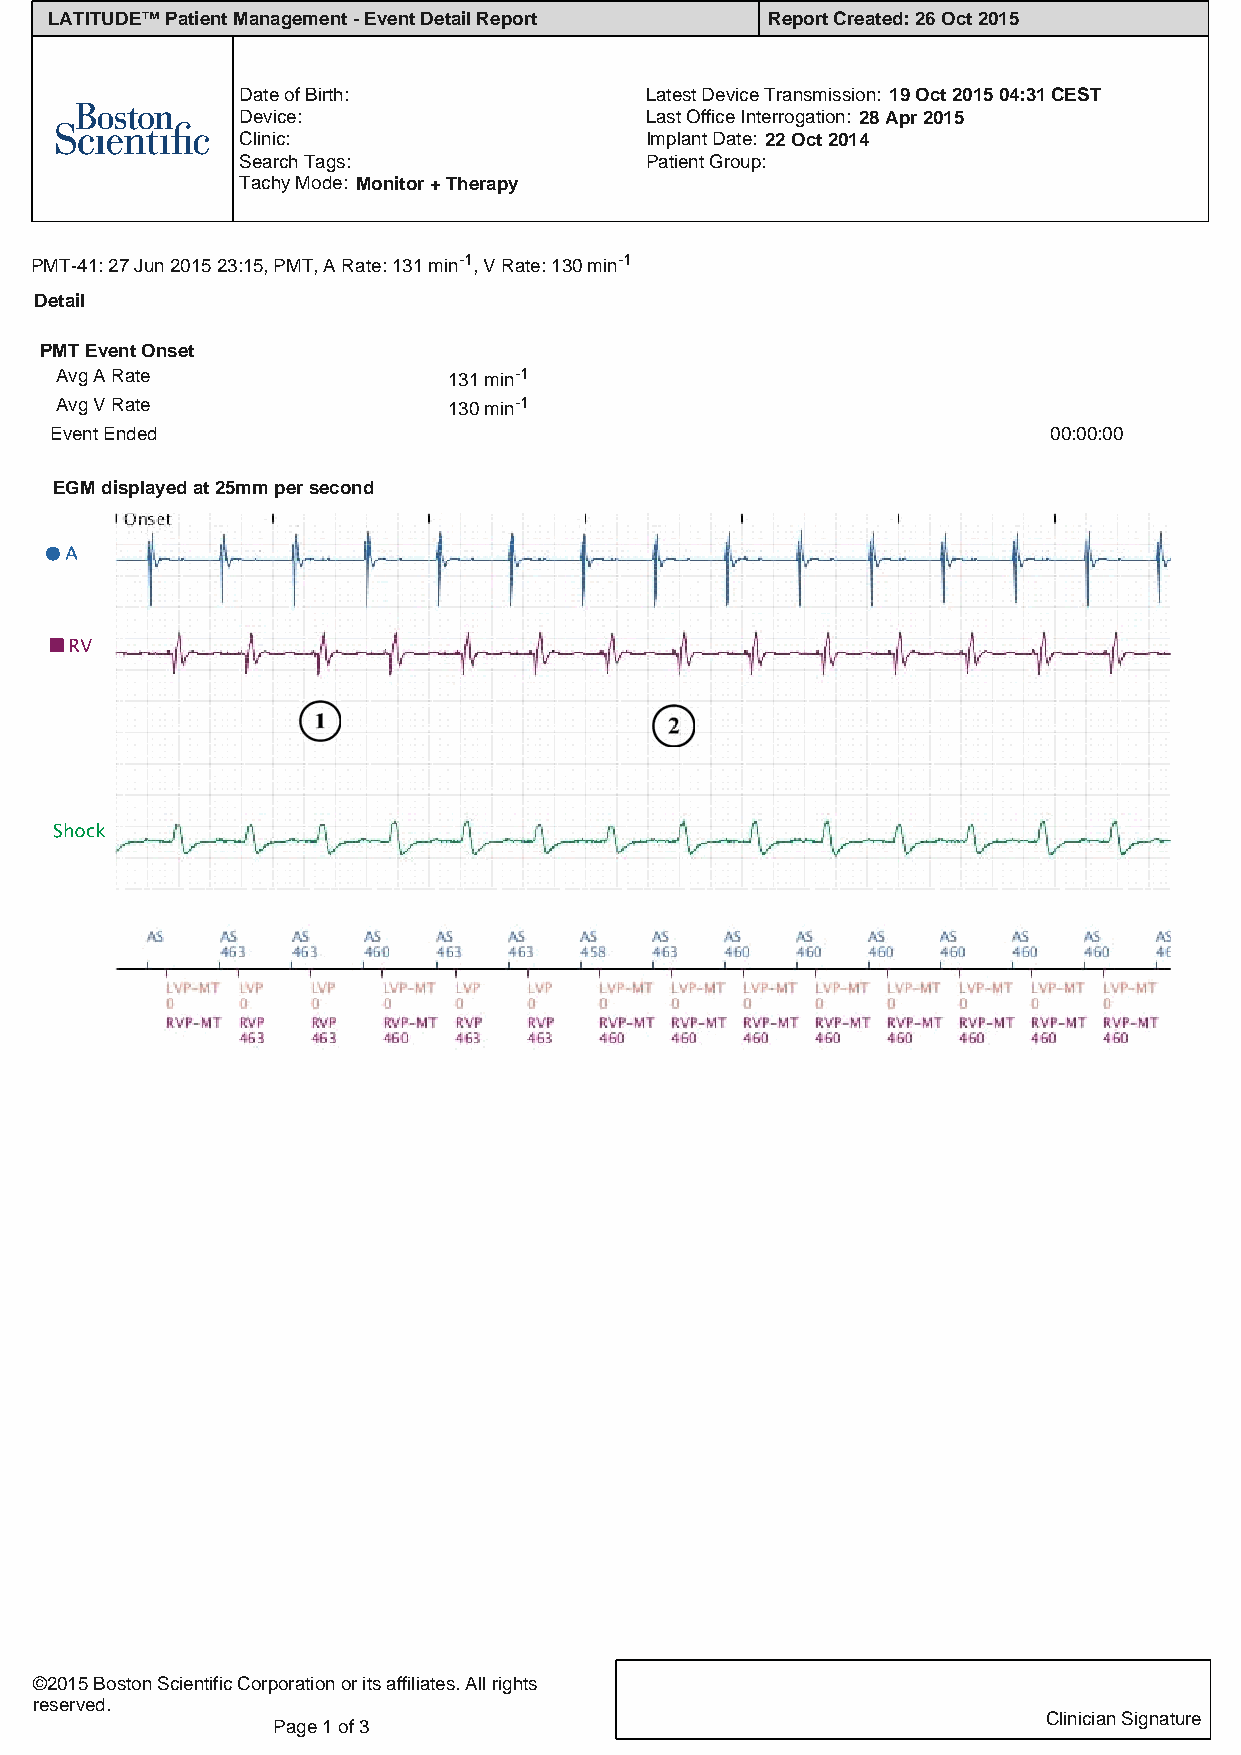
LATITUDE™ Patient Management - Event Detail Report Report Created:26 Oct 2015
 Date of Birth:             Latest Device Transmission: 19 Oct 2015 04:31 CEST
 Device:                    Last Office Interrogation: 28 Apr 2015
 Clinic:                    Implant Date: 22 Oct 2014
 Search Tags:               Patient Group:
 Tachy Mode: Monitor + Therapy
 PMT-41: 27 Jun 2015 23:15, PMT, A Rate: 131 min-1, V Rate: 130 min-1
 Detail
 PMT Event Onset
 Avg A Rate                131 min-1
 Avg V Rate                130 min-1
 Event Ended                                                       00:00:00
 EGM displayed at 25mm per second
 ©2015 Boston Scientific Corporation or its affiliates. All rights
 reserved.
 CClliinniicciiaann SSiiggnnaattuurree
 Page1 of 3